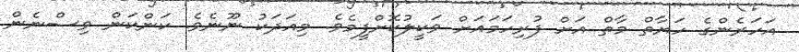
އަހަރެންގެ ހަޔާތް މާތް އަށް ފުރިހަމައަށް ވަކީލުކޮށްފީމެވެ. މިއަދަކު ނޫނެވެ. ކަންކަން ވިސްނެން